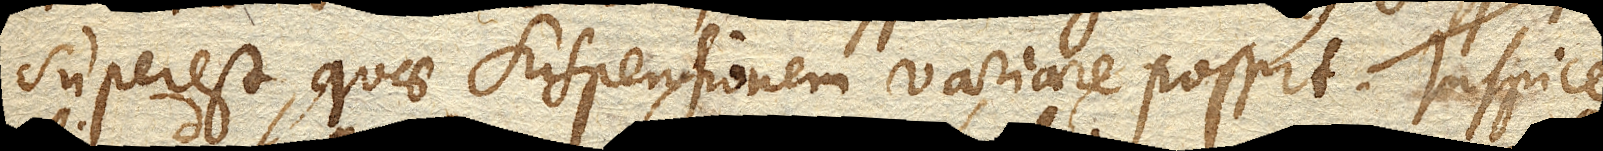
superest, quae suspensionem variare possit. Inspice